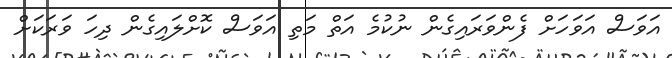
އަވަސް އަވަހަށް ފެންވަރައިގެން ނުކުމެ އަތް މަތި އަވަސް ކޮށްލައިގެން ދިހަ ވަރަކަށް